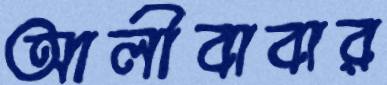
আলীবাবার